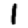
Digit: 1